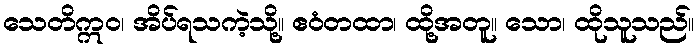
သေတိဣဝ၊ အိပ်ရသကဲ့သို့။ ဧဝံတထာ၊ ထို့အတူ။ သော၊ ထိုသူသည်။